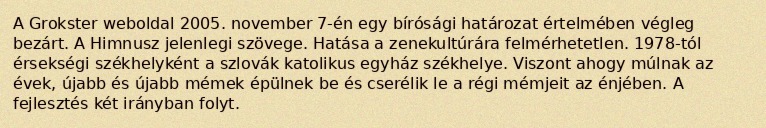
A Grokster weboldal 2005. november 7-én egy bírósági határozat értelmében végleg bezárt. A Himnusz jelenlegi szövege. Hatása a zenekultúrára felmérhetetlen. 1978-tól érsekségi székhelyként a szlovák katolikus egyház székhelye. Viszont ahogy múlnak az évek, újabb és újabb mémek épülnek be és cserélik le a régi mémjeit az énjében. A fejlesztés két irányban folyt.